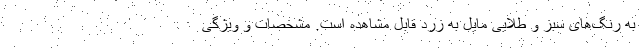
به رنگ‌های سبز و طلایی مایل به زرد قابل مشاهده است. مشخصات و ویژگی